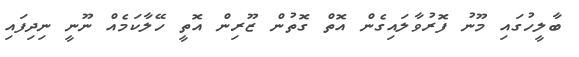
ބާލީހުގައި މޫނު ފޮރުވާލައިގެން އޮތް ގޮތުން ޒޫރިން އޮތީ ހޭލާކަމެއް ނޫނީ ނިދިފައި